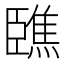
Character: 𦣳